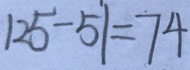
1 2 5 - 5 1 = 7 4